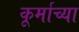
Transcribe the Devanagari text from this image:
कूर्माच्या